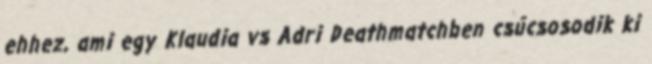
ehhez, ami egy Klaudia vs Adri Deathmatchben csúcsosodik ki